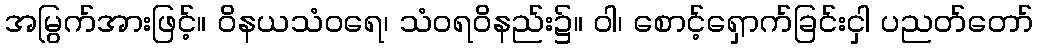
အမြွက်အားဖြင့်။ ဝိနယသံဝရေ၊ သံဝရဝိနည်း၌။ ဝါ၊ စောင့်ရှောက်ခြင်းငှါ ပညတ်တော်